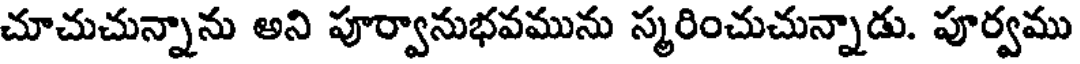
చూచుచున్నాను అని పూర్వానుభవమును స్మరించుచున్నాడు. పూర్వము